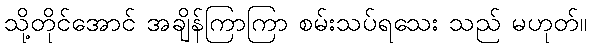
သို့တိုင်အောင် အချိန်ကြာကြာ စမ်းသပ်ရသေး သည် မဟုတ်။